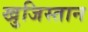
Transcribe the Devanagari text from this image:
खुजिस्तान